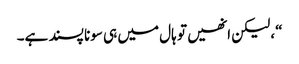
“، لیکن انھیں تو ہال میں ہی سونا پسند ہے۔